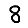
Digit: 8